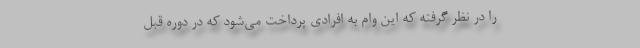
را در نظر گرفته که این وام به افرادی پرداخت می‌شود که در دوره قبل